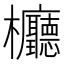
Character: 𣡹